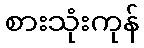
စားသုံးကုန်